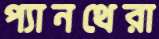
প্যানথেরা